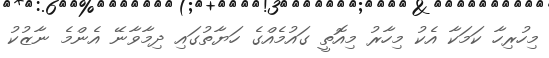
މިހުރިހާ ކަމަކާ އެކު މިހާރު މިއޮތީ ގައުމެއްގެ ހަޔާތުގައި ދިމާވާނޭ އެންމެ ނާޒުކު